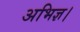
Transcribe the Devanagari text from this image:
अभिज्ञ।